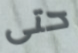
حتى